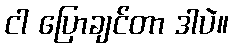
ငါ ပြောချင်တာ ဒါပဲ။